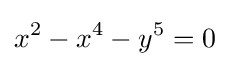
x^{2}-x^{4}-y^{5}=0